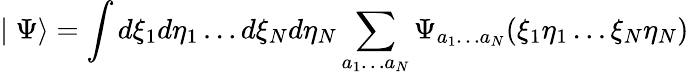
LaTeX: \mid\Psi\rangle=\int d\xi_{1}d\eta_{1}\ldots d\xi_{N}d\eta_{N}\sum_{a_{1}\ldots a_{N}}\Psi_{a_{1}\ldots a_{N}}(\xi_{1}\eta_{1}\ldots\xi_{N}\eta_{N})